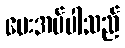
ပေးအပ်ပါသည်